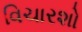
વિચારશો